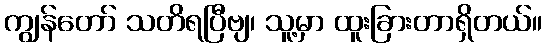
ကျွန်တော် သတိရပြီဗျ၊ သူ့မှာ ထူးခြားတာရှိတယ်။